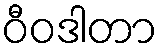
ဝီဝဒါတာ